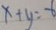
x + y = - 6